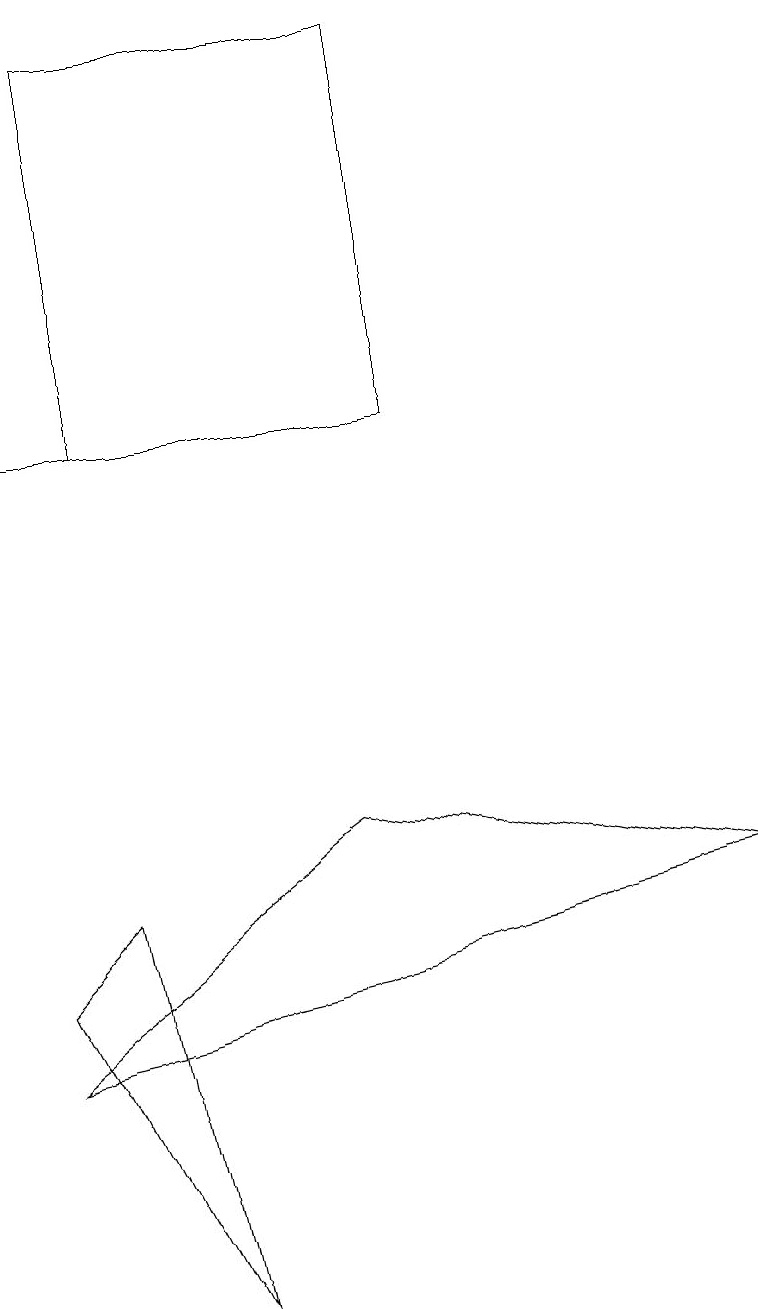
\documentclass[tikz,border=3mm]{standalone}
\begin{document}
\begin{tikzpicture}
\draw (0,4) -- (2,0) -- (1,5) -- cycle;
\draw (0,3) -- (4,6) -- (9,5) -- cycle;
\draw (1,11) rectangle (0,11);
\draw (5,16) rectangle (1,11);
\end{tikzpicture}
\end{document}